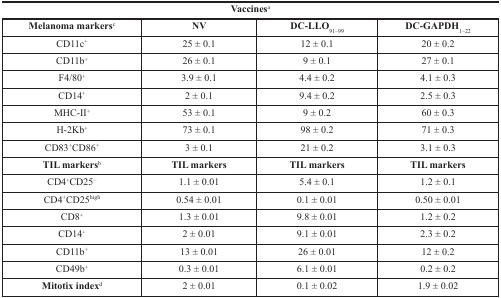
| <COLSPAN=4> Vaccinesa |
 | Melanoma markersc | NV | DC-LLO91–99 | DC-GAPDH1–22 |
 | --- | --- | --- | --- |
 | CD11c+ | 25 ± 0.1 | 12 ± 0.1 | 20 ± 0.2 |
 | CD11b+ | 26 ± 0.1 | 9 ± 0.1 | 27 ± 0.1 |
 | F4/80+ | 3.9 ± 0.1 | 4.4 ± 0.2 | 4.1 ± 0.3 |
 | CD14+ | 2 ± 0.1 | 9.4 ± 0.2 | 2.5 ± 0.3 |
 | MHC-II+ | 53 ± 0.1 | 9 ± 0.2 | 60 ± 0.3 |
 | H-2Kb+ | 73 ± 0.1 | 98 ± 0.2 | 71 ± 0.3 |
 | CD83+CD86+ | 3 ± 0.1 | 21 ± 0.2 | 3.1 ± 0.3 |
 | TIL markersb | TIL markers | TIL markers | TIL markers |
 | CD4+CD25− | 1.1 ± 0.01 | 5.4 ± 0.1 | 1.2 ± 0.1 |
 | CD4+CD25high | 0.54 ± 0.01 | 0.1 ± 0.01 | 0.50 ± 0.01 |
 | CD8+ | 1.3 ± 0.01 | 9.8 ± 0.01 | 1.2 ± 0.2 |
 | CD14+ | 2 ± 0.01 | 9.1 ± 0.01 | 2.3 ± 0.2 |
 | CD11b+ | 13 ± 0.01 | 26 ± 0.01 | 12 ± 0.2 |
 | CD49b+ | 0.3 ± 0.01 | 6.1 ± 0.01 | 0.2 ± 0.2 |
 | Mitotix indexd | 2 ± 0.01 | 0.1 ± 0.02 | 1.9 ± 0.02 |